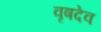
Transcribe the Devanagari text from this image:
वृषदेव